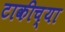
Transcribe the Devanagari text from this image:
टाकीच्या